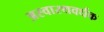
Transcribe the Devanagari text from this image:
अस्वास्थवर्धक